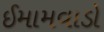
ઈમામવાડો